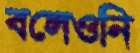
বলেওনি